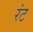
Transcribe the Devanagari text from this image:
रंट